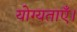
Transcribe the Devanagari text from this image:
योग्यताएँ।